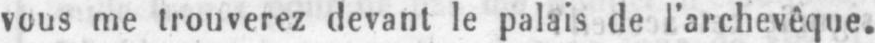
vous me trouverez devant le palais de l’archevêque.